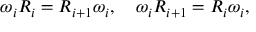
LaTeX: \omega _ { i } R _ { i } = R _ { i + 1 } \omega _ { i } , \quad \omega _ { i } R _ { i + 1 } = R _ { i } \omega _ { i } ,